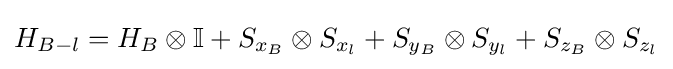
H_{B-l}=H_{B}\otimes \mathbb {I} +S_{x_{B}}\otimes S_{x_{l}}+S_{y_{B}}\otimes S_{y_{l}}+S_{z_{B}}\otimes S_{z_{l}}